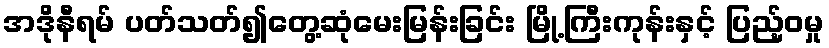
အဒိုနီရမ် ပတ်သတ်၍တွေ့ဆုံမေးမြန်းခြင်း မြို့ကြီးကုန်းနှင့် ပြည့်ဝမှု